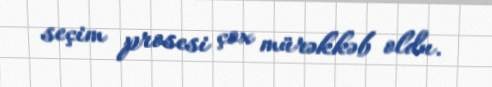
seçim prosesi çox mürəkkəb oldu.